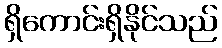
ရှိကောင်းရှိနိုင်သည်